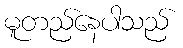
မူတည်နေပါသည်